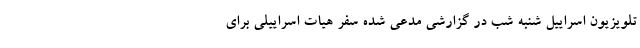
تلویزیون اسراییل شنبه شب در گزارشی مدعی شده سفر هیات اسراییلی برای